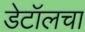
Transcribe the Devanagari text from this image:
डेटॉलचा